Plague in India, 1896, 1897 - Volume 3
Year: 1896
Disease focus: Plague
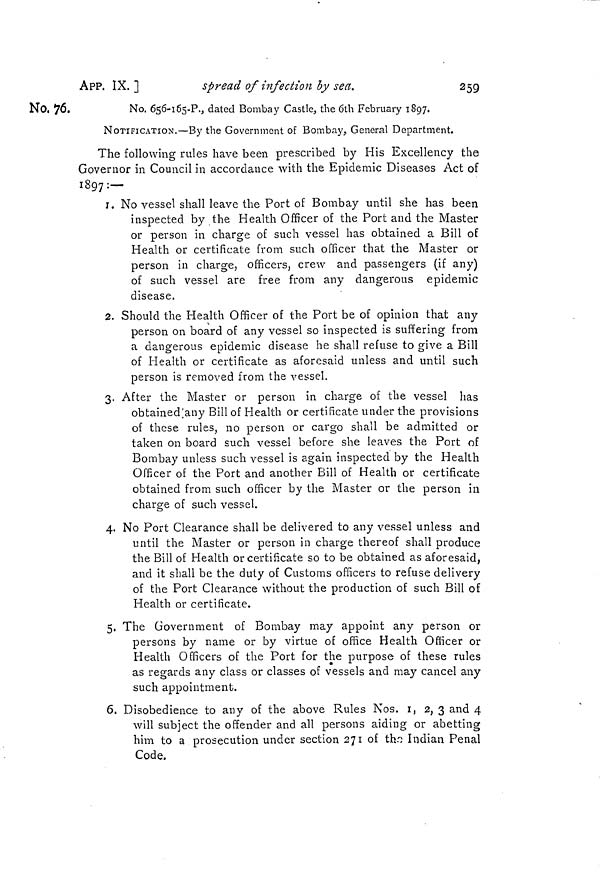
APP, IX. ]
spread of infection by sea.
259
No. 76.
No. 656-165-P., dated Bombay Castle, the 6th February 1897.
NOTIFICATION.—By the Government of Bombay. General Department.
The following rules have been prescribed by His Excellency the
Governor in Council in accordance with the Epidemic Diseases Act of
1897:—
1. No vessel shall leave the Port of Bombay until she has been
inspected by the Health Officer of the Port and the Master
or person in charge of such vessel has obtained a Bill of
Health or certificate from such officer that the Master or
person in charge, officers, crew and passengers (if any)
of such vessel are free from any dangerous epidemic
disease.
2. Should the Health Officer of the Port be of opinion that any
person on board of any vessel so inspected is suffering from
a dangerous epidemic disease he shall refuse to give a Bill
of Health or certificate as aforesaid unless and until such
person is removed from the vessel.
3. After the Master or person in charge of the vessel has
obtained any Bill of Health or certificate under the provisions
of these rules, no person or cargo shall be admitted or
taken on board such vessel before she leaves the Port of
Bombay unless such vessel is again inspected by the Health
Officer of the Port and another Bill of Health or certificate
obtained from such officer by the Master or the person in
charge of such vessel.
4. No Port Clearance shall be delivered to any vessel unless and
until the Master or person in charge thereof shall produce
the Bill of Health or certificate so to be obtained as aforesaid,
and it shall be the duty of Customs officers to refuse delivery
of the Port Clearance without the production of such Bill of
Health or certificate.
5. The Government of Bombay may appoint any person or
persons by name or by virtue of office Health Officer or
Health Officers of the Port for the purpose of these rules
as regards any class or classes of vessels and may cancel any
such appointment.
6. Disobedience to any of the above Rules Nos. 1, 2, 3 and 4
will subject the offender and all persons aiding or abetting
him to a prosecution under section 271 of the Indian Penal
Code.